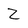
Character: Z